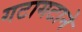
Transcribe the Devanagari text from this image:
गटागटाने